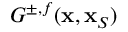
G ^ { \pm , f } ( { \bf x } , { \bf x } _ { S } )